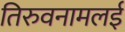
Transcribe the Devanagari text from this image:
तिरुवनामलई